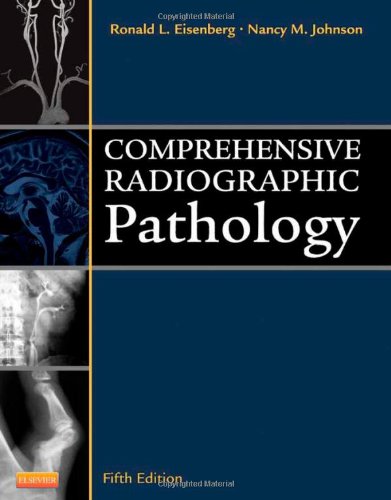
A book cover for Comprehensive Radiographic Pathology, 5e; Ronald L. Eisenberg MD  JD  FACR; Medical Books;